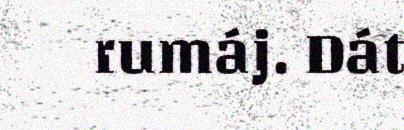
rumáj. Dát